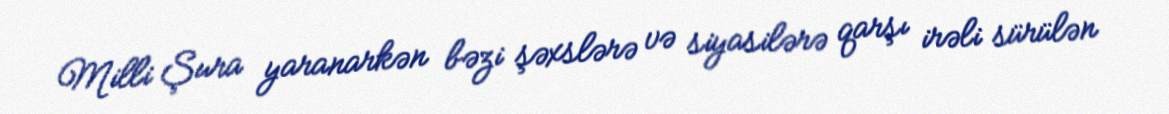
Milli Şura yaranarkən bəzi şəxslərə və siyasilərə qarşı irəli sürülən